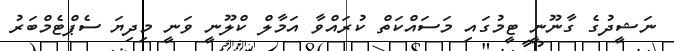
ނަޝީދުގެ ގާނޫނީ ޓީމުގައި މަސައްކަތް ކުރައްވާ އަމާލް ކްލޫނީ ވަނީ މިދިޔަ ސެޕްޓެމްބަރު